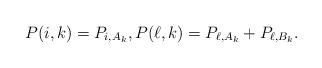
LaTeX: \begin{align*}P(i,k)=P_{i,A_k},P(\ell,k)=P_{\ell,A_k}+P_{\ell,B_k}.\end{align*}